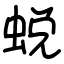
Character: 蜕